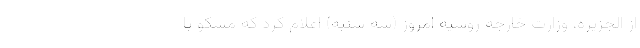
از الجزیره، وزارت خارجه روسیه امروز (سه شنبه) اعلام کرد که مسکو با